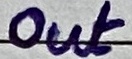
Text: Out